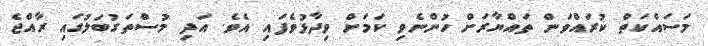
މަސައްކަތް ކުރައްވަން ތައްޔާރަށް ހުންނެވި ކަމަށް ވިދާޅުވެފައި އެވެ. އަދި މުސްތަގުބަލުގައި ރާއްޖެ